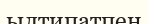
ылтипатпен